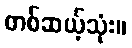
တစ်ဆယ့်သုံး။